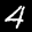
Label: 4